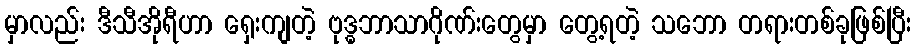
မှာလည်း ဒီသီအိုရီဟာ ရှေးကျတဲ့ ဗုဒ္ဓဘာသာဂိုဏ်းတွေမှာ တွေ့ရတဲ့ သဘော တရားတစ်ခုဖြစ်ပြီး